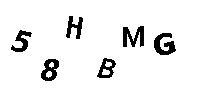
58HBMG